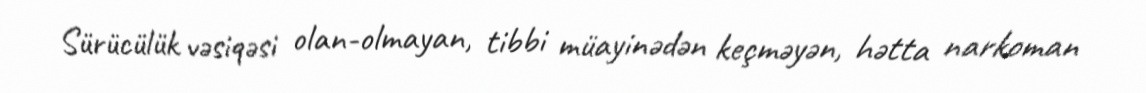
Sürücülük vəsiqəsi olan-olmayan, tibbi müayinədən keçməyən, hətta narkoman